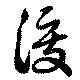
渡